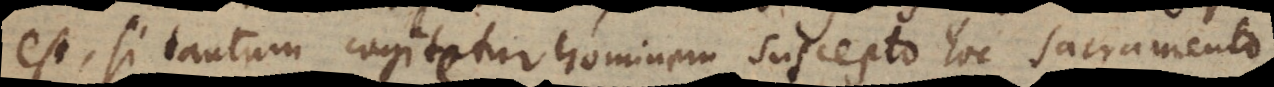
est, si tantum cogitetur hominem suscepto hoc sacramento